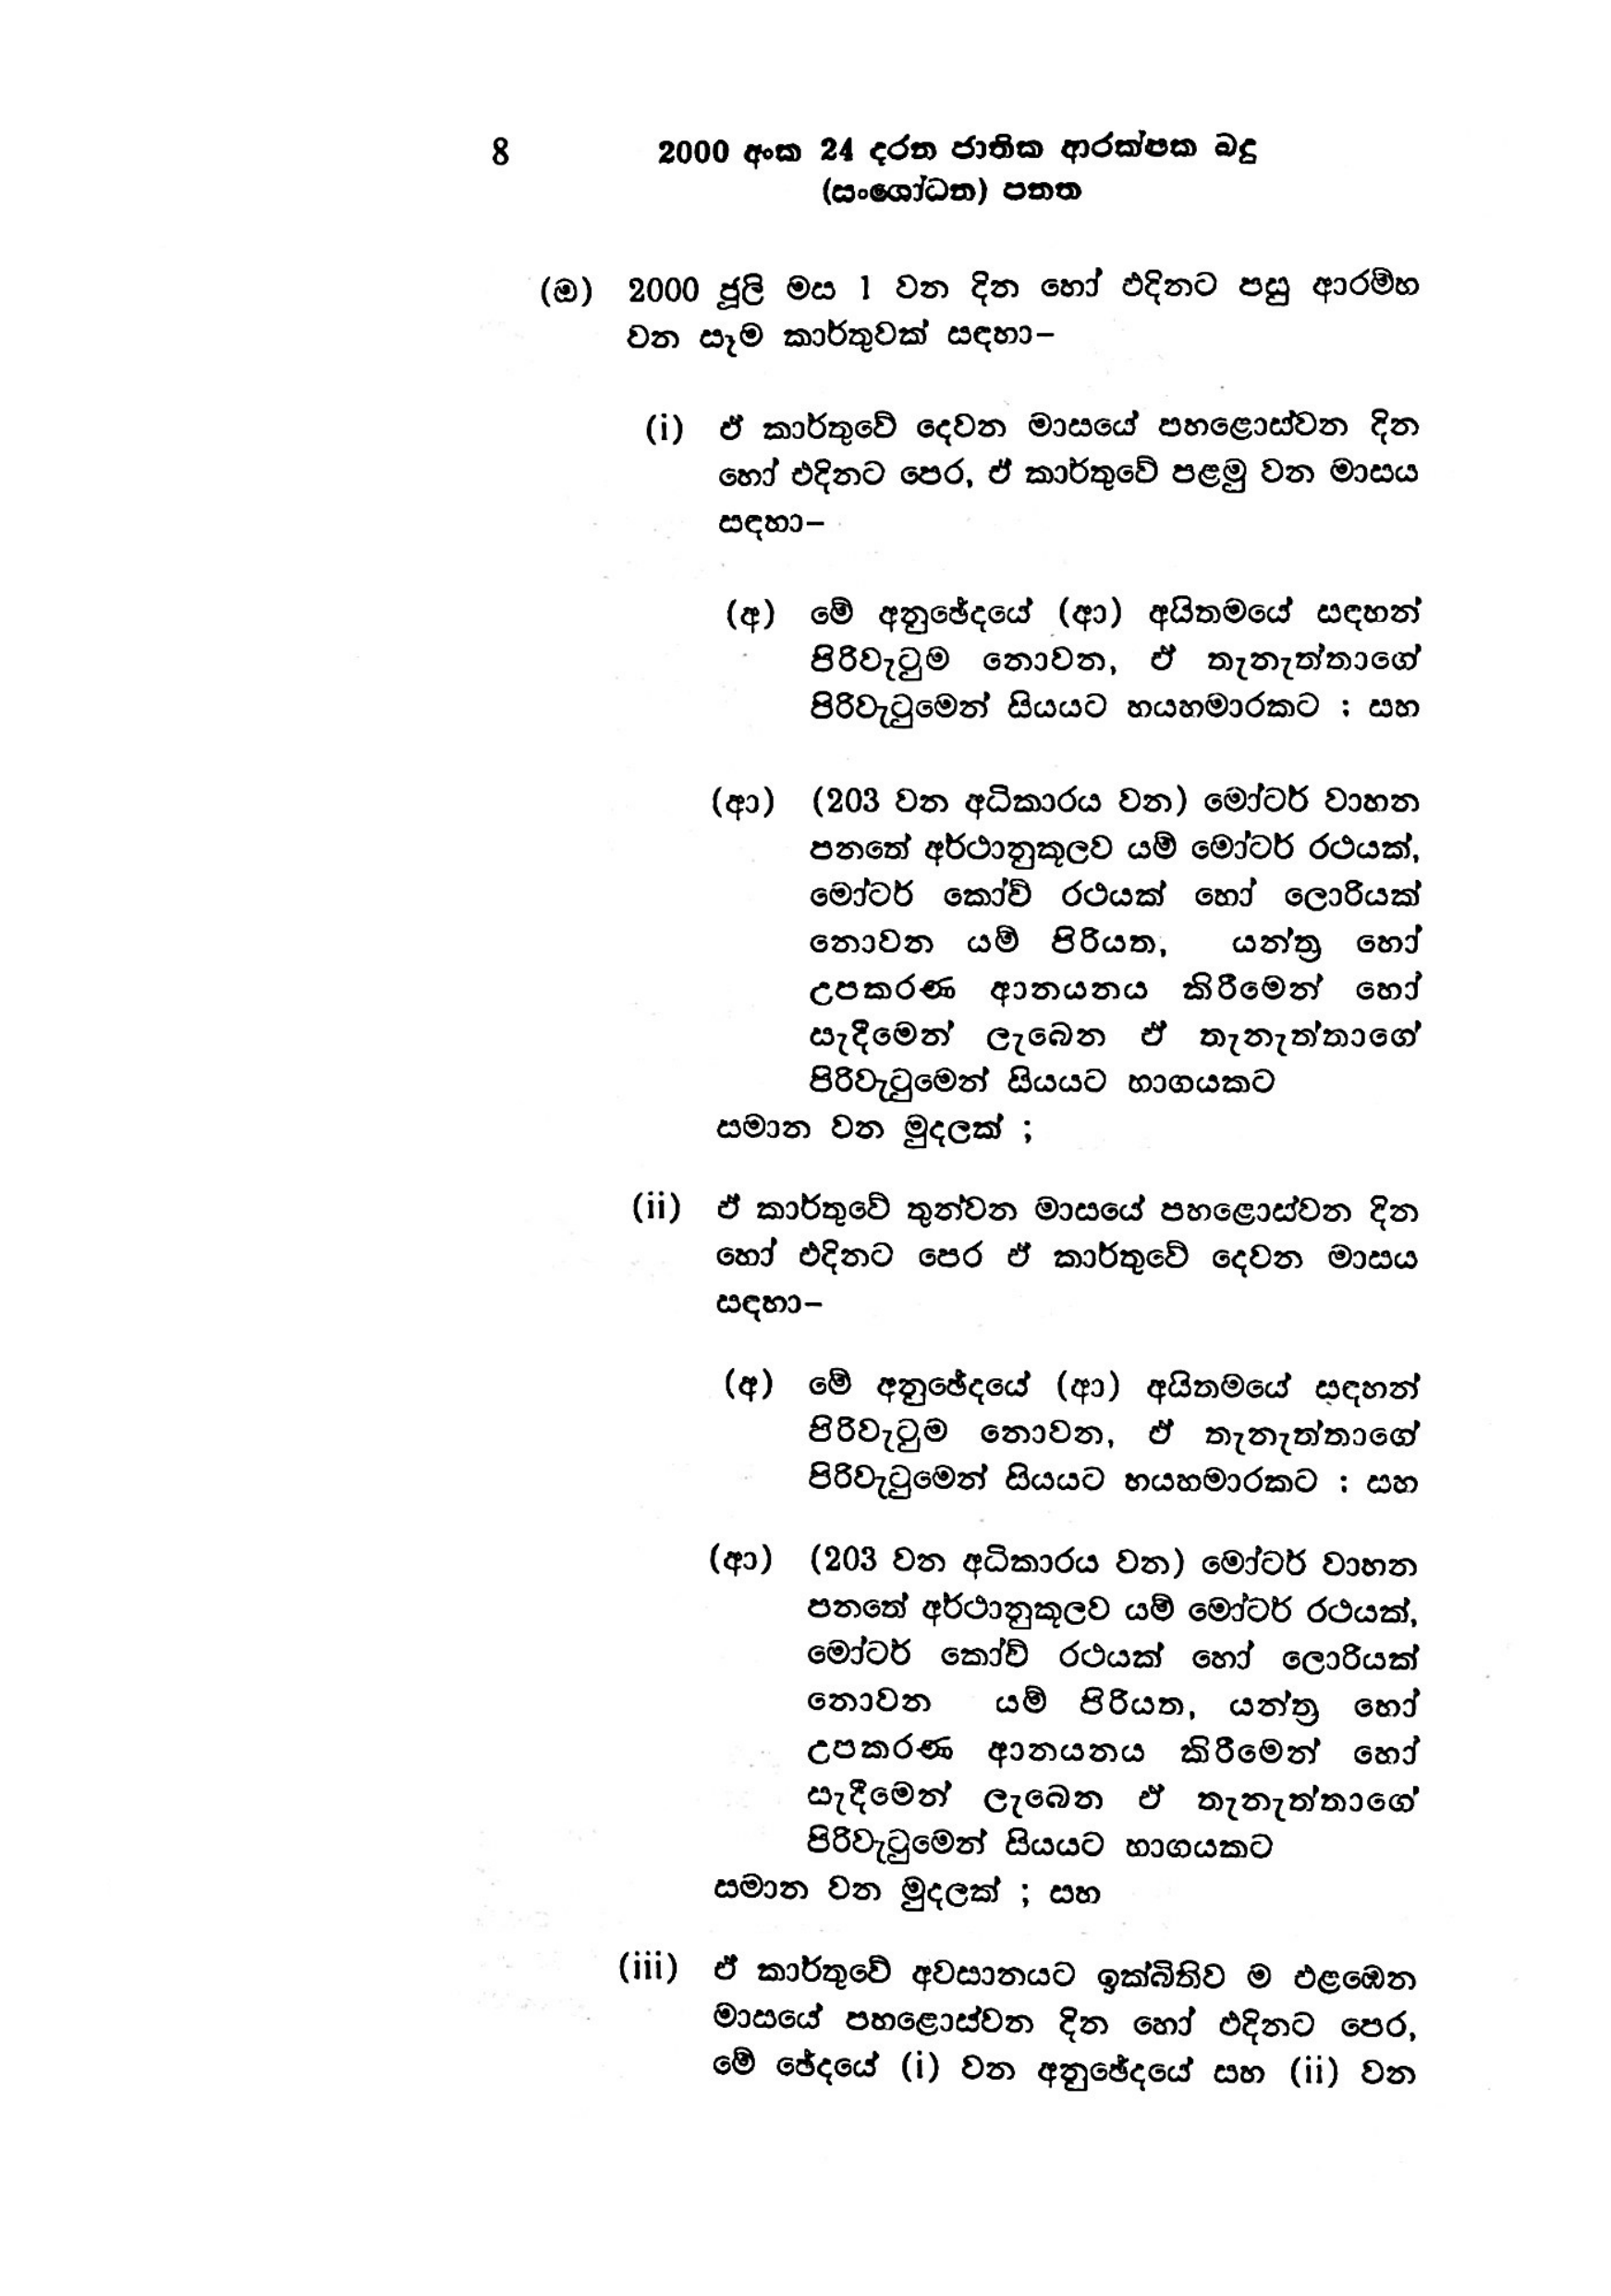
8 2000 අංක 24 දරන ජාතික ආරක්ෂක බදු
(සංශෝධන) පනත

(ඔ) 2000 ජූලි මස 1 වන දින හෝ එදිනට පසු ආරම්භ
වන සෑම කාර්තුවක් සඳහා-

(i) ඒ කාර්තුවේ දෙවන මාසයේ පහළොස්වන දින
හෝ එදිනට පෙර, ඒ කාර්තුවේ පළමු වන මාසය
සඳහා -

(අ) මේ අනුඡේදයේ (ආ) අයිතමයේ සඳහන්
පිරිවැටුම නොවන, ඒ තැනැත්තාගේ
පිරිවැටුමෙන් සියයට හයහමාරකට ; සහ

(ආ) (203 වන අධිකාරය වන) මෝටර් වාහන
පනතේ අර්ථානුකූලව යම් මෝටර් රථයක්,
මෝටර් කෝච් රථයක් හෝ ලොරියක්
නොවන යම් පිරියත, යන්ත්‍ර හෝ
උපකරණ ආනයනය කිරීමෙන් හෝ
සැදීමෙන් ලැබෙන ඒ තැනැත්තාගේ
පිරිවැටුමෙන් සියයට භාගයකට
සමාන වන මුදලක් ;

(ii) ඒ කාර්තුවේ තුන්වන මාසයේ පහළොස්වන දින
හෝ එදිනට පෙර ඒ කාර්තුවේ දෙවන මාසය
සඳහා-

(අ) මේ අනුඡේදයේ (ආ) අයිතමයේ සඳහන්
පිරිවැටුම නොවන, ඒ තැනැත්තාගේ
පිරිවැටුමෙන් සියයට හයහමාරකට : සහ

(ආ) (203 වන අධිකාරය වන) මෝටර් වාහන
පනතේ අර්ථානුකූලව යම් මෝටර් රථයක්,
මෝටර් කෝච් රථයක් හෝ ලොරියක්
නොවන යම් පිරියත, යන්ත්‍ර හෝ
උපකරණ ආනයනය කිරීමෙන් හෝ
සැදීමෙන් ලැබෙන ඒ තැනැත්තාගේ
පිරිවැටුමෙන් සියයට භාගයකට
සමාන වන මුදලක් ; සහ

(iii) ඒ කාර්තුවේ අවසානයට ඉක්බිතිව ම එළඹෙන
මාසයේ පහළොස්වන දින හෝ එදිනට පෙර,
මේ ඡේදයේ (i) වන අනුඡේදයේ සහ (ii) වන